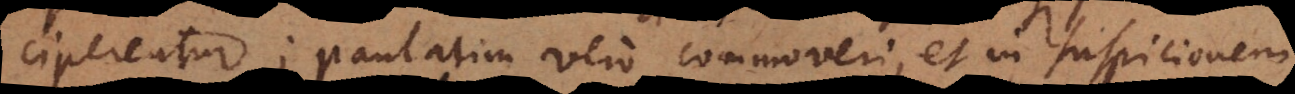
erentur; paulatim vero commoveri, et in suspicionem